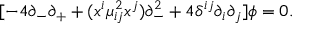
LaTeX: [ - 4 \partial _ { - } \partial _ { + } + ( x ^ { i } \mu _ { i j } ^ { 2 } x ^ { j } ) \partial _ { - } ^ { 2 } + 4 \delta ^ { i j } \partial _ { i } \partial _ { j } ] \phi = 0 .